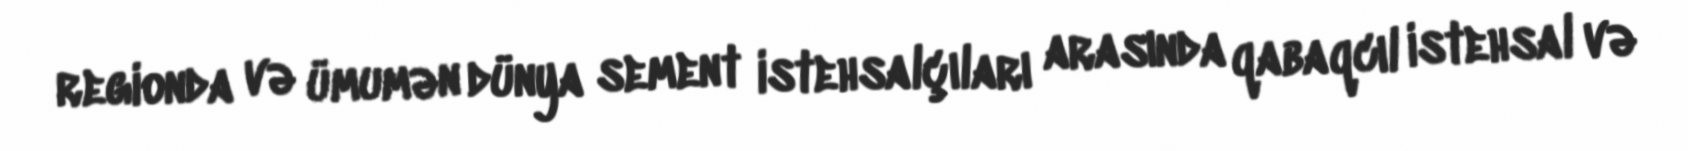
regionda və ümumən dünya sement istehsalçıları arasında qabaqcıl istehsal və